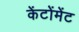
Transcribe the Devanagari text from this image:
केंटोंमेंट